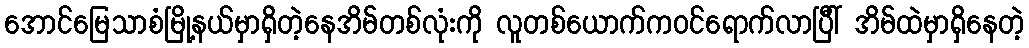
အောင်မြေသာစံမြို့နယ်မှာရှိတဲ့နေအိမ်တစ်လုံးကို လူတစ်ယောက်ကဝင်ရောက်လာပြီါ် အိမ်ထဲမှာရှိနေတဲ့